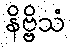
နိဗ္ဗိသံ